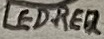
Text: LED-RED